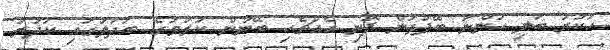
ހަކުރު ބަލި ހުންނަ ބޭފުޅުން ފޮނި އެއްޗެހި ބޭނުން ކުރުމުގެ ބަދަލުގައި ކަދުރު